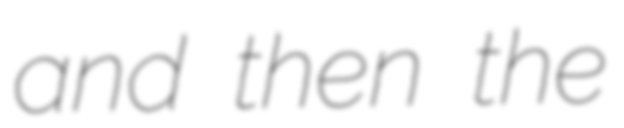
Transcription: and then the